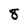
Character: 8